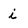
Character: i